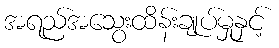
အရည်အသွေးထိန်းချုပ်မှုနှင့်